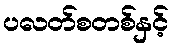
ပလတ်စတစ်နှင့်